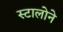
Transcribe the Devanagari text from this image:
स्टालोने